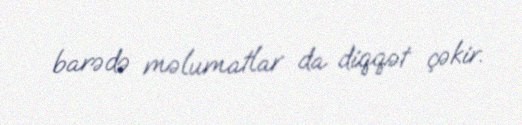
barədə məlumatlar da diqqət çəkir.